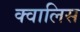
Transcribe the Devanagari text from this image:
क्वालिस